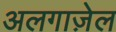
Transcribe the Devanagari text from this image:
अलगाज़ेल